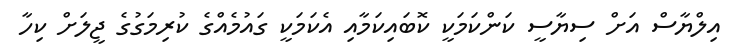
އިލްޔާސް އަށް ސިޔާސީ ކަންކަމަކީ ކޮބައިކަމާއި އެކަމަކީ ގައުމެއްގެ ކުރިމަގުގެ ޖީލަށް ކިހާ